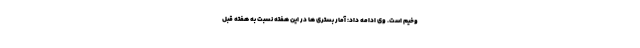
وخیم است. وی ادامه داد: آمار بستری ها در این هفته نسبت به هفته قبل